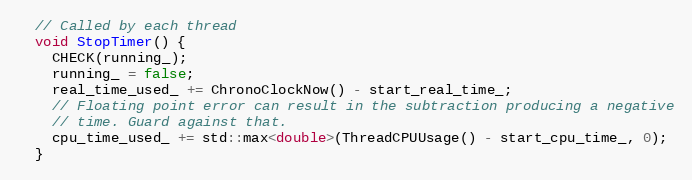
Language: C
  // Called by each thread
  void StopTimer() {
    CHECK(running_);
    running_ = false;
    real_time_used_ += ChronoClockNow() - start_real_time_;
    // Floating point error can result in the subtraction producing a negative
    // time. Guard against that.
    cpu_time_used_ += std::max<double>(ThreadCPUUsage() - start_cpu_time_, 0);
  }